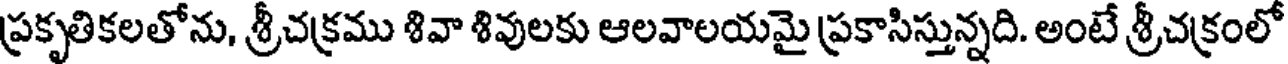
ప్రకృతికలతోను, శ్రీచక్రము శివా శివులకు ఆలవాలయమై ప్రకాసిస్తున్నది. అంటే శ్రీచక్రంలో